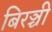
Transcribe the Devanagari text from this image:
बिरञ्ची